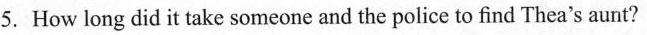
5.How long did it take someone and the police to find Thea's aunt?